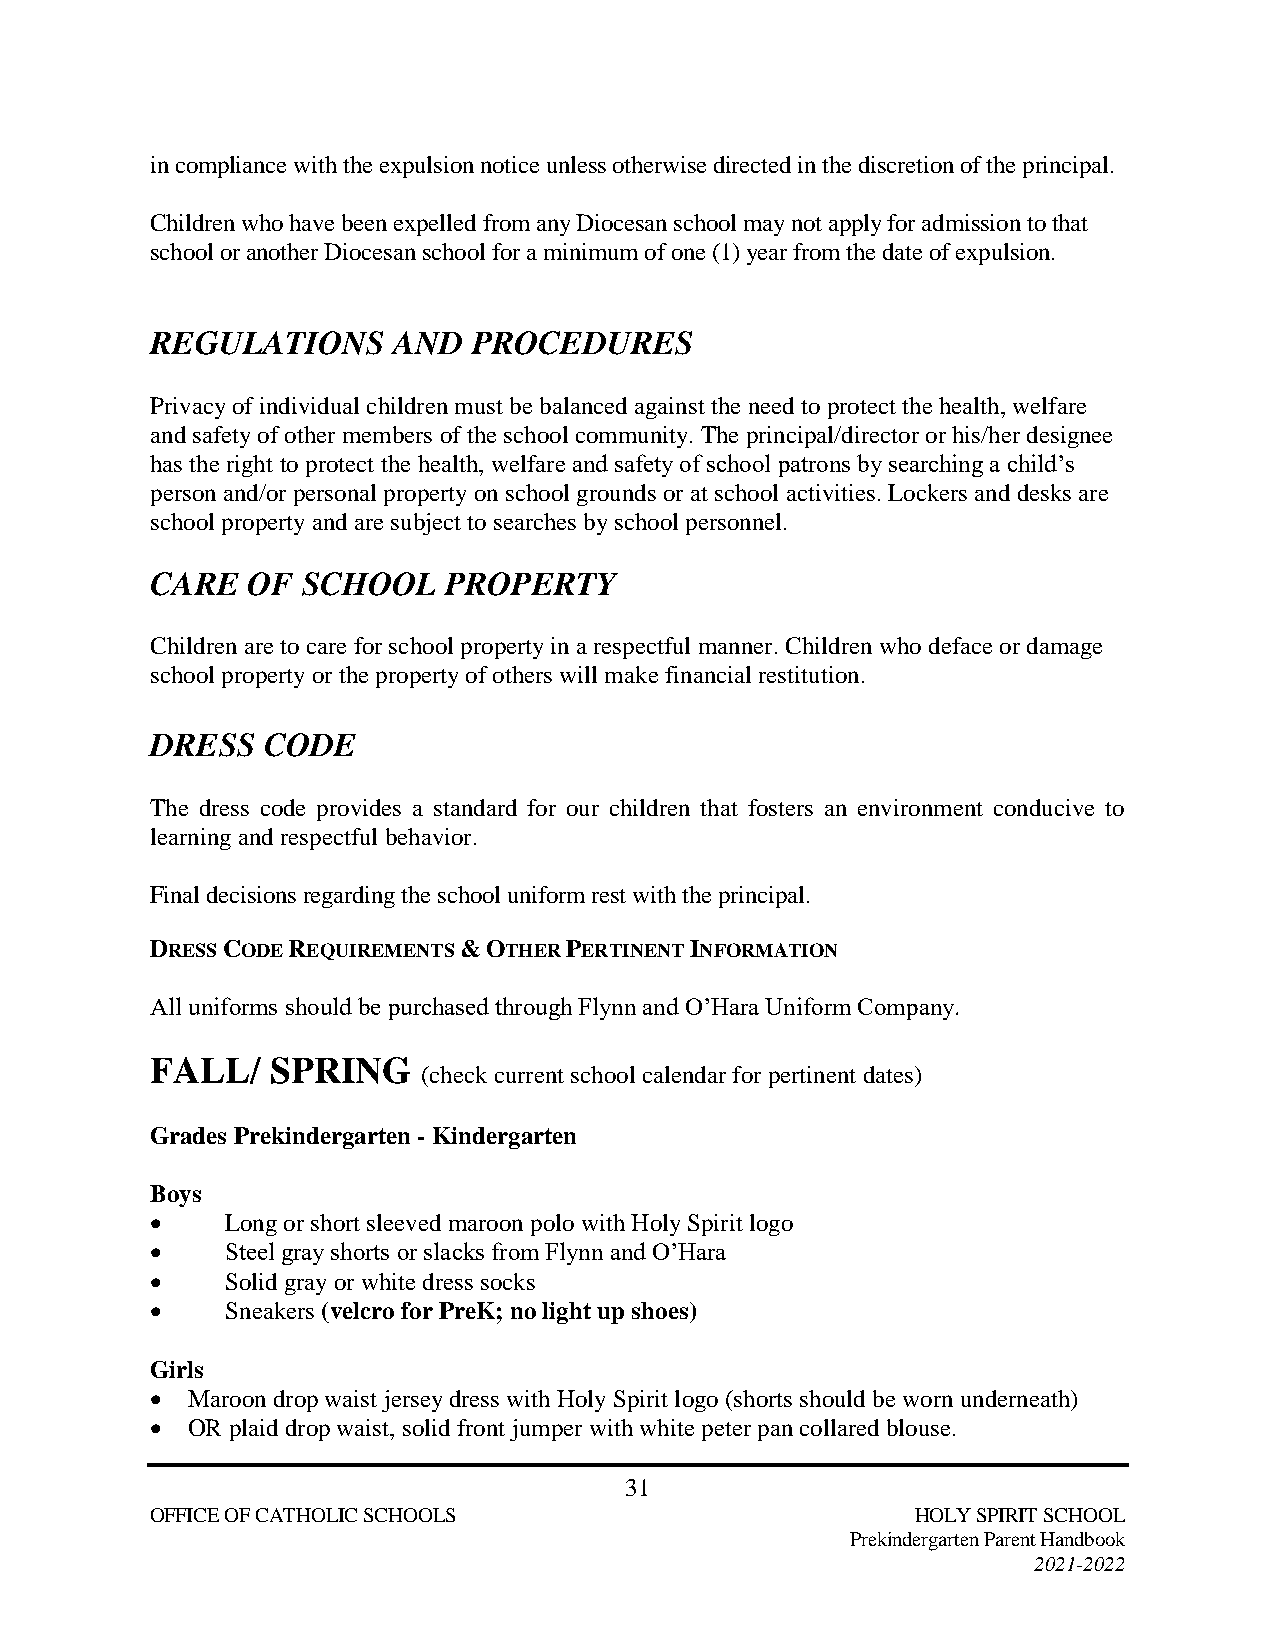
in compliance with the expulsion notice unless otherwise directed in the discretion of the principal.
 Children who have been expelled from any Diocesan school may not apply for admission to that
 school or another Diocesan school for a minimum of one (1) year from the date of expulsion.
 REGULATIONS     AND  PROCEDURES
 Privacy of individual children must be balanced against the need to protect the health, welfare
 and safety of other members of the school community. The principal/director or his/her designee
 has the right to protect the health, welfare and safety of school patrons by searching a child’s
 person and/or personal property on school grounds or at school activities. Lockers and desks are
 school property and are subject to searches by school personnel.
 CARE  OF  SCHOOL   PROPERTY
 Children are to care for school property in a respectful manner. Children who deface or damage
 school property or the property of others will make financial restitution.
 DRESS  CODE
 The dress code provides a standard for our children that fosters an environment conducive to
 learning and respectful behavior.
 Final decisions regarding the school uniform rest with the principal.
 DRESS CODE REQUIREMENTS & OTHER PERTINENT INFORMATION
 All uniforms should be purchased through Flynn and O’Hara Uniform Company.
 FALL/   SPRING
 (check current school calendar for pertinent dates)
 Grades Prekindergarten - Kindergarten
 Boys
     Long or short sleeved maroon polo with Holy Spirit logo
     Steel gray shorts or slacks from Flynn and O’Hara
     Solid gray or white dress socks
     Sneakers (velcro for PreK; no light up shoes)
 Girls
  Maroon drop waist jersey dress with Holy Spirit logo (shorts should be worn underneath)
  OR plaid drop waist, solid front jumper with white peter pan collared blouse.
 31
 OFFICE OF CATHOLIC SCHOOLS                         HOLY SPIRIT SCHOOL
 Prekindergarten Parent Handbook
 2021-2022